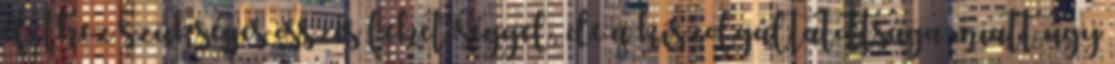
élethez szükséges összes lehetőséggel, de a kiszolgáltatottsága miatt úgy